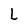
Character: L